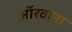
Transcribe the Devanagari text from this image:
ऑरवाना